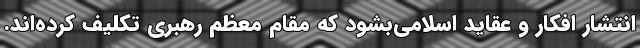
انتشار افکار و عقاید اسلامی‌بشود که مقام معظم رهبری تکلیف کرده‌اند.